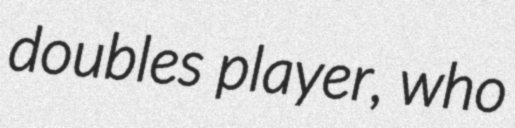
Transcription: doubles player, who